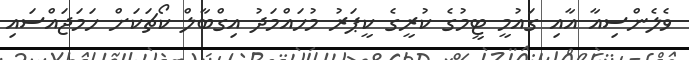
ވެލެންސިއާ އާއި ގައުމީ ޓީމުގެ ކުރީގެ ކީޕަރު މުހައްމަދު އިގްބާލް ކޯޗަކަށް ހަމަޖައްސައި